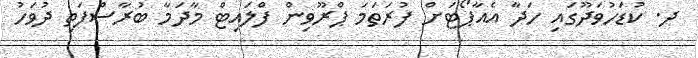
ދ. ކުޑަހުވަދޫގައި ހަދާ އެއާޕޯޓަށް ފުރަތަމަ ޕްރޫވިން ފްލައިޓް މާދަމާ ބުރާސްފަތި ދުވަހު